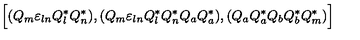
\Bigr [ ( Q _ { m } { \varepsilon } _ { l n } Q _ { l } ^ { * } Q _ { n } ^ { * } ) , ( Q _ { m } { \varepsilon } _ { l n } Q _ { l } ^ { * } Q _ { n } ^ { * } Q _ { a } Q _ { a } ^ { * } ) , ( Q _ { a } Q _ { a } ^ { * } Q _ { b } Q _ { b } ^ { * } Q _ { m } ^ { * } ) \Bigl ]